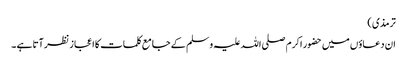
ترمذی )
ان دعاؤں میں حضور اکرم صلی اللہ علیہ وسلم کے جامع کلمات کا اعجاز نظر آتا ہے ۔